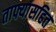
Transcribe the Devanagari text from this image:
ताफ्यासहित